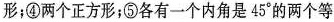
形；④两个正方形；⑤各有一个内角是 45° 的两个等